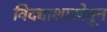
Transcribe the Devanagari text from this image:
विद्याशाखेतून